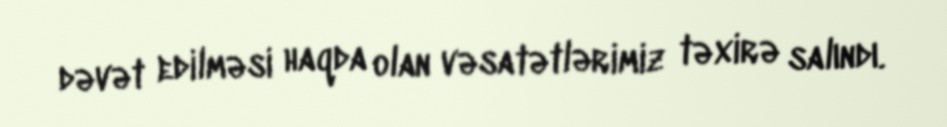
dəvət edilməsi haqda olan vəsatətlərimiz təxirə salındı.